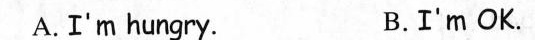
A.I'm hungry. B.I'm OK.